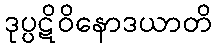
ဒုပ္ပဋိဝိနောဒယာတိ